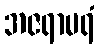
အဇရာမရံ